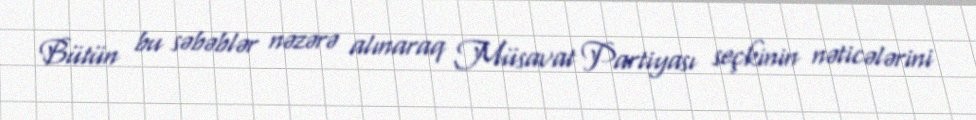
Bütün bu səbəblər nəzərə alınaraq Müsavat Partiyası seçkinin nəticələrini